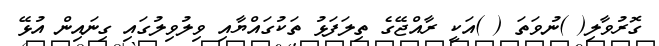
ގޮރުވާލި( )ނުވަތަ ( )އަކީ ރާއްޖޭގެ ތިލަފަޅު ތަކުގައްޔާއި ވިލުވިލުގައި ގިނައިން އުޅޭ